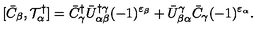
[ \bar { C } _ { \beta } , { \cal T } _ { \alpha } ^ { \dagger } ] = \bar { C } _ { \gamma } ^ { \dagger } \bar { U } _ { \alpha \beta } ^ { \dagger \gamma } ( - 1 ) ^ { \varepsilon _ { \beta } } + \bar { U } _ { \beta \alpha } ^ { \gamma } \bar { C } _ { \gamma } ( - 1 ) ^ { \varepsilon _ { \alpha } } .